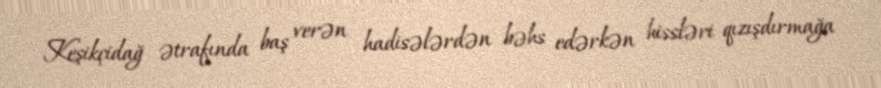
Keşikçidağ ətrafında baş verən hadisələrdən bəhs edərkən hissləri qızışdırmağa